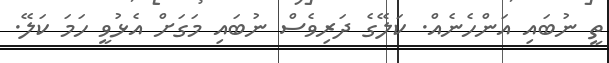
ތީ ނުބައި އަންހެނެއް. ކަލޭގެ ދަރިވެސް ނުބައި މަގަށް އެޅުވީ ހަމަ ކަލޭ.